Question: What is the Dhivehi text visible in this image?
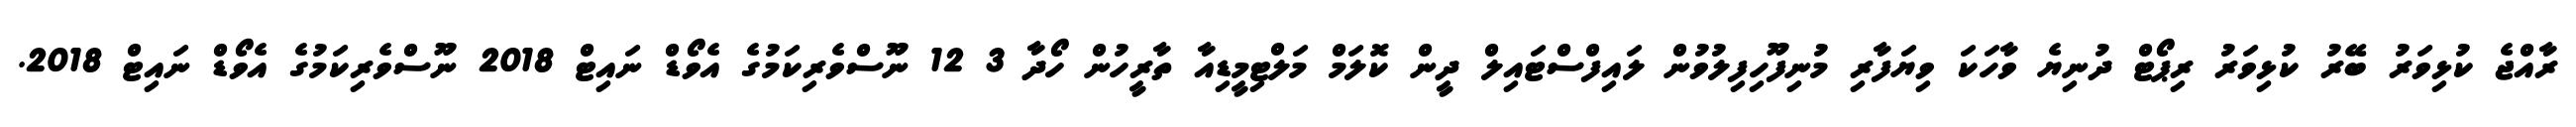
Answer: ރާއްޖެ ކުޅިވަރު ބޭރު ކުޅިވަރު ރިޕޯޓް ދުނިޔެ ވާހަކަ ވިޔަފާރި މުނިފޫހިފިލުވުން ލައިފްސްޓައިލް ދީން ކޮލަމް މަލްޓިމީޑިއާ ތާރީހުން ހޯދާ 3 12 ނޫސްވެރިކަމުގެ އެވޯޑް ނައިޓް 2018 ނޫސްވެރިކަމުގެ އެވޯޑް ނައިޓް 2018.